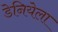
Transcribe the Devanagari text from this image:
डेनियेला